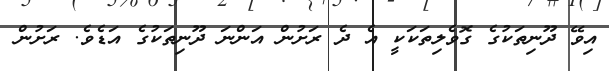
އިވޭ ދޫނިތަކުގެ ގޮވެލިތަކަކީ އެ ދެ ރަށުން އަންނަ ދޫނިތަކުގެ އަޑެވެ. ރަށުން